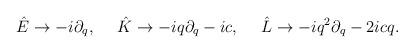
LaTeX: \begin{align*}\hat{E}\rightarrow -i\partial_q,~~~~\hat{K}\rightarrow -iq\partial_q-ic,~~~~\hat{L}\rightarrow -iq^2\partial_q-2icq.\end{align*}